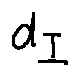
d _ { I }